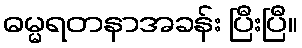
ဓမ္မရတနာအခန်း ပြီးပြီ။